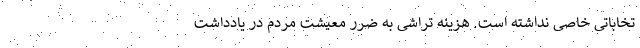
تخاباتی خاصی نداشته است. هزینه‌ تراشی به ضرر معیشت مردم در یادداشت